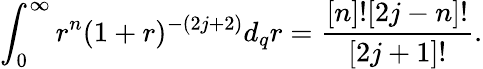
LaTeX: \int_{0}^{\infty}r^{n}(1+r)^{-(2j+2)}d_{q}r=\frac{[n]![2j-n]!}{[2j+1]!}.